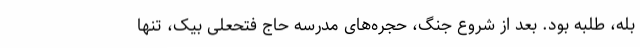
بله، طلبه بود. بعد از شروع جنگ، حجره‌های مدرسه حاج فتحعلی بیک، تنها